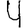
Digit: 4